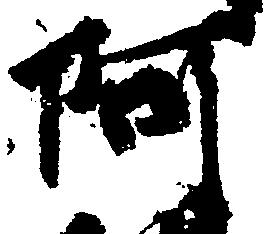
阿